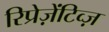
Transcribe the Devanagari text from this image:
रिप्रेज़ेंटिव्ज़